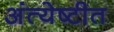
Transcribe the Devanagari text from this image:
अंत्येष्टीत